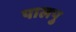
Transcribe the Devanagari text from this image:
पालपु